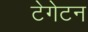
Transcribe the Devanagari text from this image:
टेगेटन